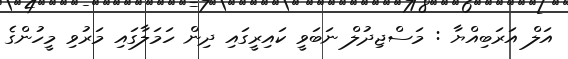
އަލް އަރަބިއްޔާ : މަސްޖިދުލް ނަބަވީ ކައިރީގައި ދިން ހަމަލާގައި މަރުވި މީހުންގެ